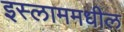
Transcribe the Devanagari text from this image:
इस्लाममधील